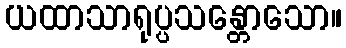
ယထာသာရုပ္ပသန္တောသော။